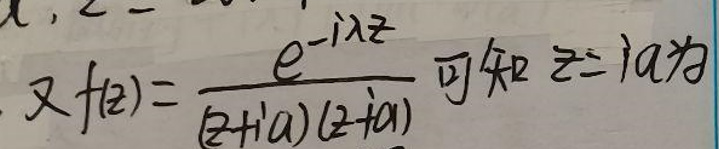
又\(f(z)=\frac{e^{-i\lambda z}}{(z + ia)(z + ia)}\)可知\(z = ia\)为